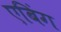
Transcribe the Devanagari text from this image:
एबिंग